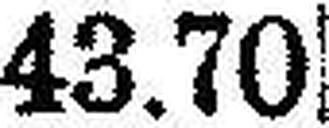
43.70